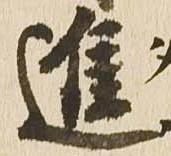
進